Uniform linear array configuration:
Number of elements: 4
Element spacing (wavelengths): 0.75
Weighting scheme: kaiser
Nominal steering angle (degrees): -45
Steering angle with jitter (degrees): -45.111
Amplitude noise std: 0.05
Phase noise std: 0.05

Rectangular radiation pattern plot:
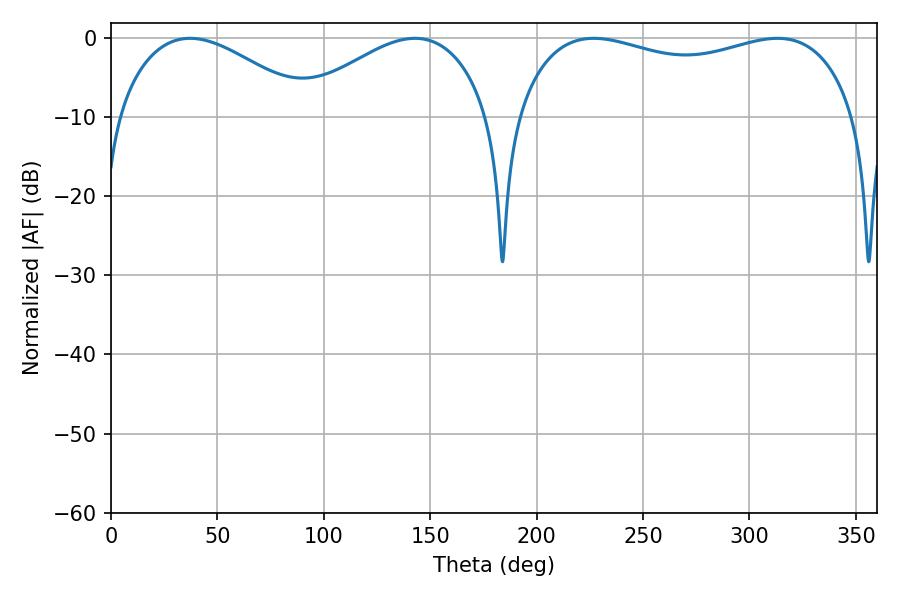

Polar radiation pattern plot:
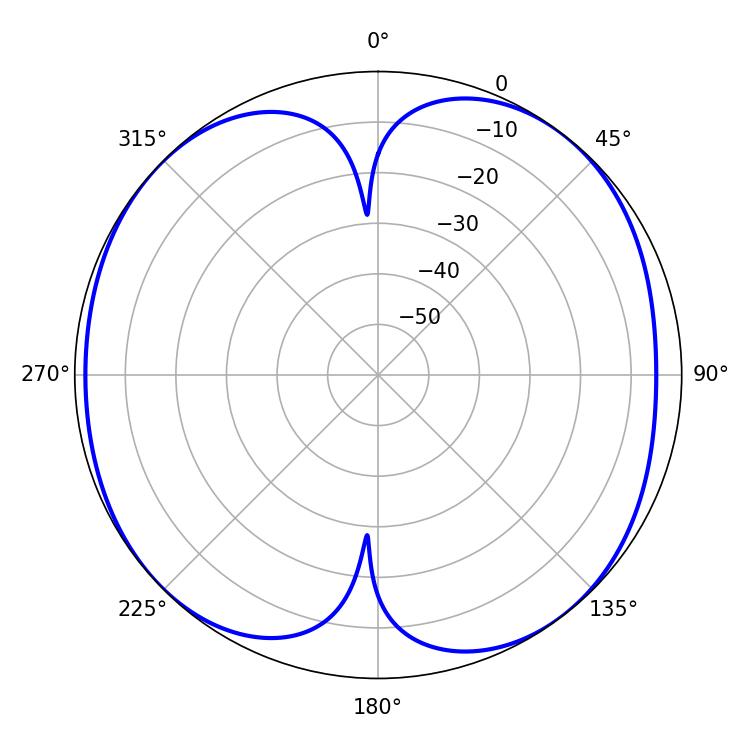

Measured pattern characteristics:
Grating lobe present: TRUE
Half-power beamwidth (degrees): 131.04
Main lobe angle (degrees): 226.8